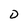
Character: D